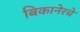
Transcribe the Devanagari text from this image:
बिकानेरचे